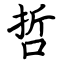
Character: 哲